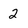
Character: 2